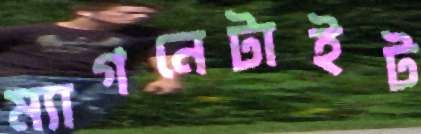
ম্যাগনেটাইট